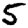
Digit: 5